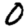
Digit: 0